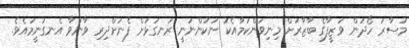
މުސާރަ ހޯދަން ވަޒީފާގެ ބާޒާރަށް މިނިވަންކަމާއެކު ނުކުންނަނީ ރަނގަޅަށް ފެނަށްދިރި ވާނުވާ އެނގުނީމައެވެ.